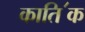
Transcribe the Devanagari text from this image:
काति॔क